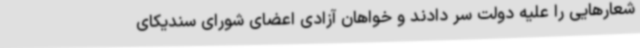
شعارهایی را علیه دولت سر دادند و خواهان آزادی اعضای شورای سندیکای